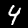
Label: 4